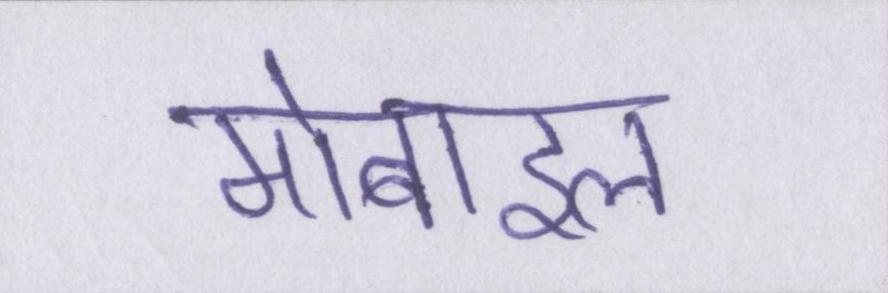
मोबाइल